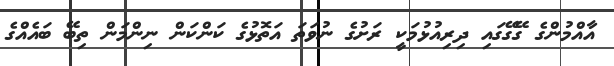
އާއްމުންގެ ގޭގޭގައި ދިރިއުޅުމަކީ ރަށުގެ ނުވަތަ އަތޮޅުގެ ކަންކަން ނިންމަން ތިބޭ ބައެއްގެ